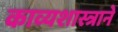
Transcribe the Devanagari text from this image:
काव्यशास्त्राने